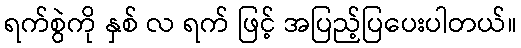
ရက်စွဲကို နှစ် လ ရက် ဖြင့် အပြည့်ပြပေးပါတယ်။